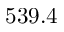
5 3 9 . 4